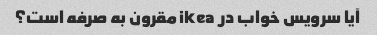
آیا سرویس خواب در ikea مقرون به صرفه است؟